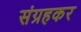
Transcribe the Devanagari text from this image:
संग्रहकर